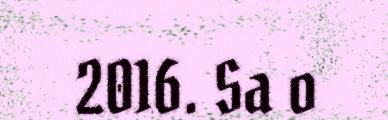
2016. Sa o